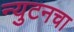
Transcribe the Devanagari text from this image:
न्युटनचा